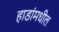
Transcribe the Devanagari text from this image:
हाडांमधील